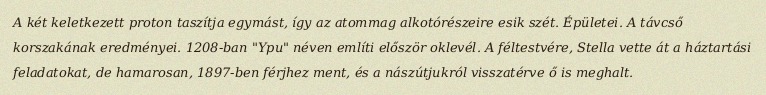
A két keletkezett proton taszítja egymást, így az atommag alkotórészeire esik szét. Épületei. A távcső korszakának eredményei. 1208-ban "Ypu" néven említi először oklevél. A féltestvére, Stella vette át a háztartási feladatokat, de hamarosan, 1897-ben férjhez ment, és a nászútjukról visszatérve ő is meghalt.